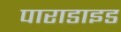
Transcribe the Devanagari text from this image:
पाराडाइड